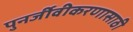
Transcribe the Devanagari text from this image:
पुनर्जीवीकरणासाठी